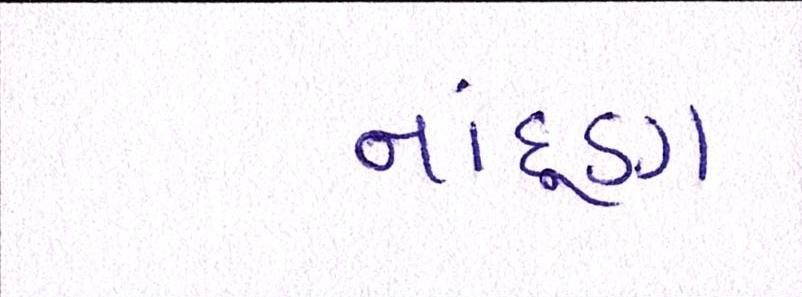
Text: નાંદૂણ